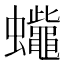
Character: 𧕓